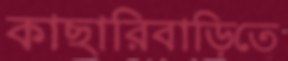
কাছারিবাড়িতে